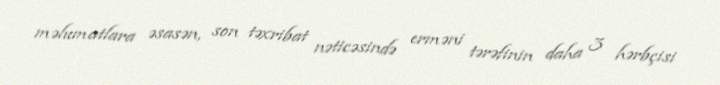
məlumatlara əsasən, son təxribat nəticəsində erməni tərəfinin daha 3 hərbçisi